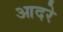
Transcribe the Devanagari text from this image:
आदरे